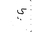
Letter: _ya